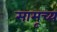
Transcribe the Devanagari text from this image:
सामूच्य